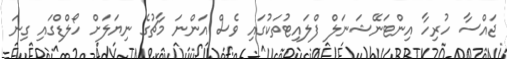
ޖައްސާ ހުރިހާ އިންޓަނޭޝަނަލް ފްލައިޓުތަކުގައި ވެސް އަންނަ މާޗުގެ ނިޔަލަށް ހޯލްޑްގައި ގިނަ